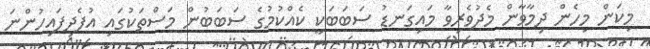
މިކަން މިހެން ދިމާވާން މެދުވެރިވާ މައިގަނޑު ސަބަބަކީ ކެއްކުމުގެ ސަބަބުން މަސްތަކުގައި އުފެދިފައިހުންނަ